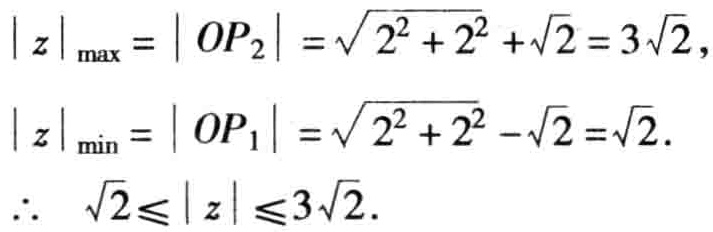
\[
\begin{align*}
|z|_{\max}&=|OP_{2}|=\sqrt{2^{2}+2^{2}}+\sqrt{2}=3\sqrt{2},\\
|z|_{\min}&=|OP_{1}|=\sqrt{2^{2}+2^{2}}-\sqrt{2}=\sqrt{2}.\\
\therefore\ \sqrt{2}&\leq|z|\leq3\sqrt{2}.
\end{align*}
\]